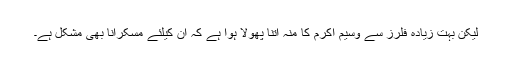
لیکن بہت زیادہ فلرز سے وسیم اکرم کا منہ اتنا پھولا ہوا ہے کہ ان کیلئے مسکرانا بھی مشکل ہے۔